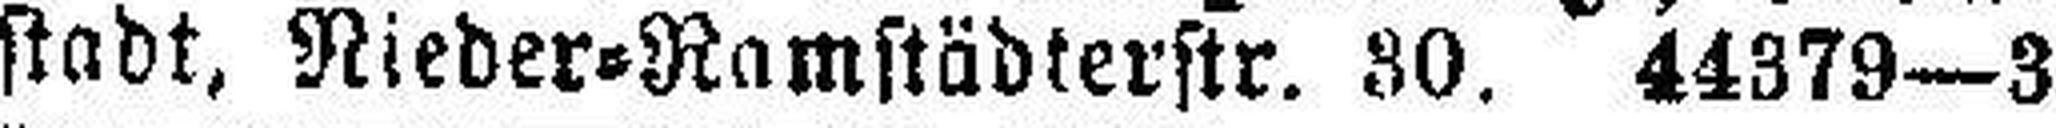
stadt, Nieder=Ramstädterstr. 30. 44379—3